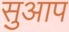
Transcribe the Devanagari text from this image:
सुआप